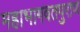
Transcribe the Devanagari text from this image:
महाभागवतपुराण